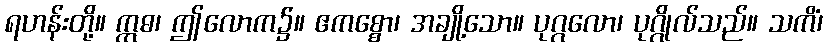
ရဟန်းတို့။ ဣဓ၊ ဤလောက၌။ ဧကစ္စော၊ အချို့သော။ ပုဂ္ဂလော၊ ပုဂ္ဂိုလ်သည်။ သကိံ၊